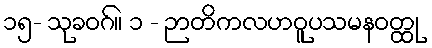
၁၅- သုခဝဂ်။ ၁ - ဉာတိကလဟဝူပသမနဝတ္ထု